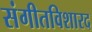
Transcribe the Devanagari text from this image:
संगीतविशारद